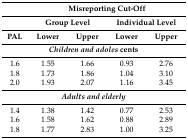
<table><thead><tr><td></td><td colspan="4"><b>Misreporting Cut-Off</b></td></tr><tr><td></td><td colspan="2"><b>Group Level</b></td><td colspan="2"><b>Individual Level</b></td></tr><tr><td><b>PAL</b></td><td><b>Lower</b></td><td><b>Upper</b></td><td><b>Lower</b></td><td><b>Upper</b></td></tr></thead><tbody><tr><td colspan="5"><b><i>Children and adoles</i> cents</b></td></tr><tr><td>1.6</td><td>1.55</td><td>1.66</td><td>0.93</td><td>2.76</td></tr><tr><td>1.8</td><td>1.73</td><td>1.86</td><td>1.04</td><td>3.10</td></tr><tr><td>2.0</td><td>1.93</td><td>2.07</td><td>1.16</td><td>3.45</td></tr><tr><td colspan="5"><b><i>Adults and elderly</i></b></td></tr><tr><td>1.4</td><td>1.38</td><td>1.42</td><td>0.77</td><td>2.53</td></tr><tr><td>1.6</td><td>1.58</td><td>1.62</td><td>0.88</td><td>2.89</td></tr><tr><td>1.8</td><td>1.77</td><td>2.83</td><td>1.00</td><td>3.25</td></tr></tbody></table>